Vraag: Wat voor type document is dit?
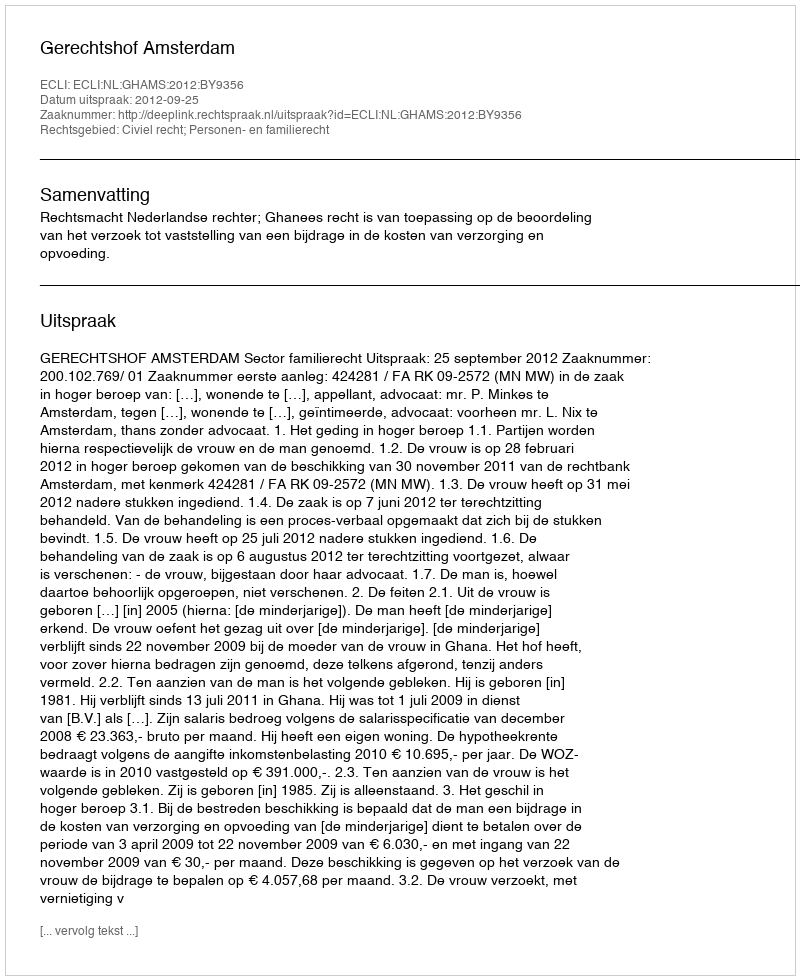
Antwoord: Uitspraak